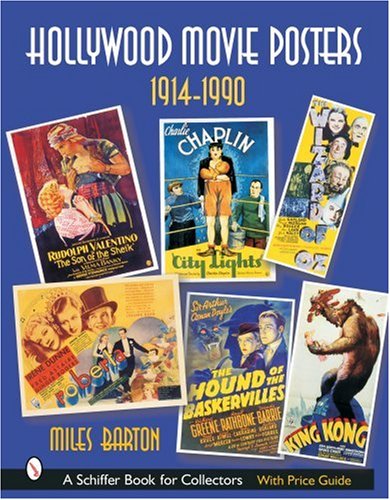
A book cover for Hollywood Movie Posters, 1914-1990 (Schiffer Book for Collectors); Miles D. Barton; Crafts, Hobbies & Home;